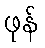
ဖုန်